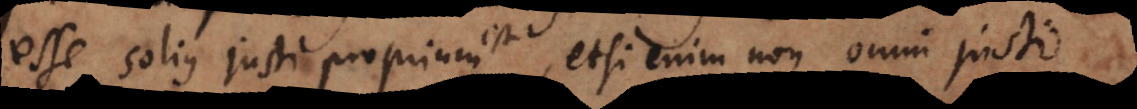
esse solius justi proprium est, etsi enim non omni justo